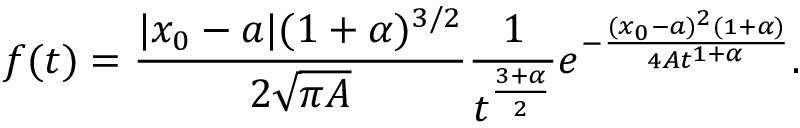
f ( t ) = \frac { | x _ { 0 } - a | ( 1 + \alpha ) ^ { 3 / 2 } } { 2 \sqrt { \pi A } } \frac { 1 } { t ^ { \frac { 3 + \alpha } { 2 } } } e ^ { - \frac { ( x _ { 0 } - a ) ^ { 2 } ( 1 + \alpha ) } { 4 A t ^ { 1 + \alpha } } } .